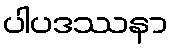
ပါပဒဿနာ